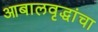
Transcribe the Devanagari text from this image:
आबालवृद्धांचा